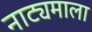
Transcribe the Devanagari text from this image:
नाट्यमाला